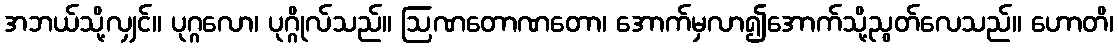
အဘယ်သို့လျှင်။ ပုဂ္ဂလော၊ ပုဂ္ဂိုလ်သည်။ ဩဏတောဏတော၊ အောက်မှလာ၍အောက်သို့ညွတ်လေသည်။ ဟောတိ၊